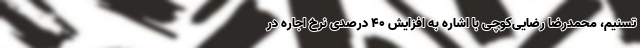
تسنیم، محمدرضا رضایی‌کوچی با اشاره به افزایش 40 درصدی نرخ اجاره در